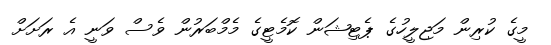
މީގެ ކުރިން މަޖިލީހުގެ ޕެޓިޝަން ކޮމެޓީގެ މެމްބަރުން ވެސް ވަނީ އެ ރަށަށް